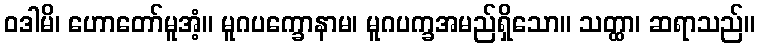
ဝဒါမိ၊ ဟောတော်မူအံ့။ မူဂပက္ခောနာမ၊ မူဂပက္ခအမည်ရှိသော။ သတ္ထာ၊ ဆရာသည်။